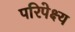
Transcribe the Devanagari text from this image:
परिपेक्ष्‍य